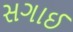
સગાઈ